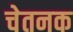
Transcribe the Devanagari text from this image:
चेतनक